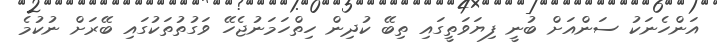
އަންހެނަކު ސަންއަށް ބުނީ ފިޔަަވަތީގައި ތިބޭ ކުދިން ހިތްހަމަނުޖެހޭ ވަގުތުތަކުގައި ބޭރަށް ނުކުމެ